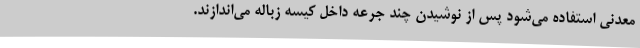
معدنی استفاده می‌شود پس از نوشیدن چند جرعه داخل کیسه زباله می‌اندازند.